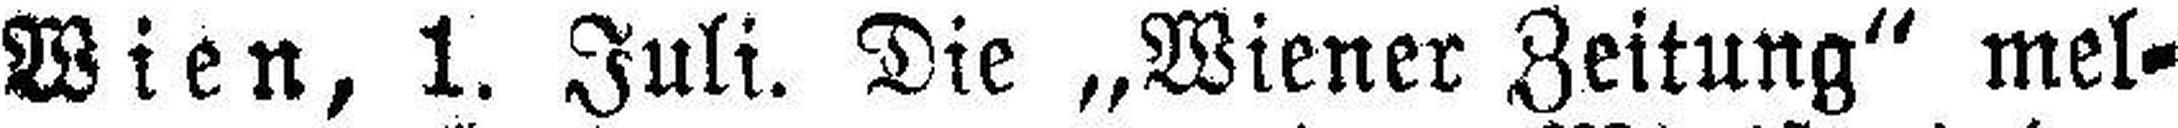
Wien, 1. Juli. Die „Wiener Zeitung“ mel¬